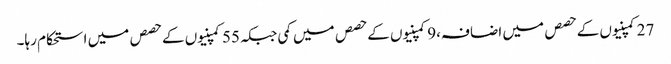
27کمپنیوں کے حصص میں اضافہ،9کمپنیوں کے حصص میں کمی جبکہ55کمپنیوں کے حصص میں استحکام رہا۔